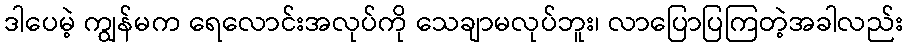
ဒါပေမဲ့ ကျွန်မက ရေလောင်းအလုပ်ကို သေချာမလုပ်ဘူး၊ လာပြောပြကြတဲ့အခါလည်း